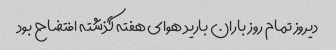
دیروز تمام روز باران بارید هوای هفته گذشته افتضاح بود